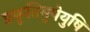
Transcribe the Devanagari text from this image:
प्रकृतिमुपेयुषि